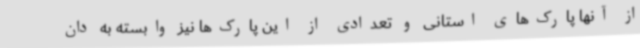
از آنها پارک‌های استانی و تعدادی از این پارک‌ها نیز وابسته به دان